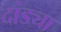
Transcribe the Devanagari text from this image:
दांड्या